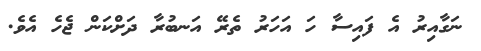
ނަގާއިރު އެ ފައިސާ ހަ އަހަރު ތެރޭ އަނބުރާ ދަށްކަން ޖެހެ އެވެ.